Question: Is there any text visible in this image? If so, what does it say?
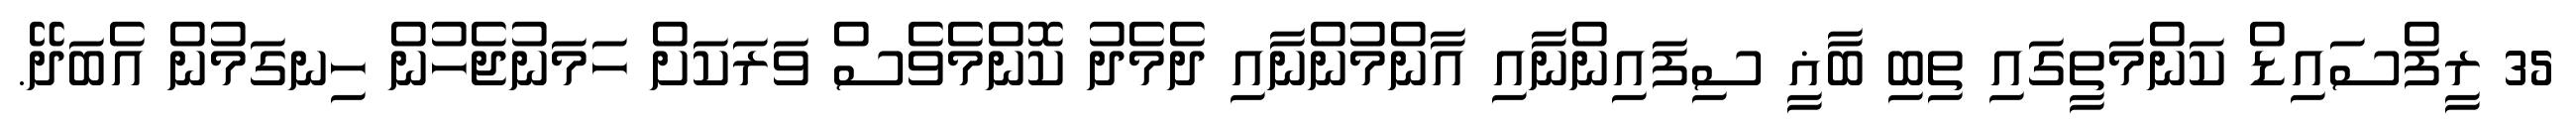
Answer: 35 ރީފްސައިޑް ކަންމަތީގައި ތިބި ބާޣީ ސިފައިންނާއި އާންމުންނާއި ދެމެދު ކޮންމެވެސް ވަރަކަށް ހަމަނުޖެހުން ހިނގަމުން އެބަދޭ.